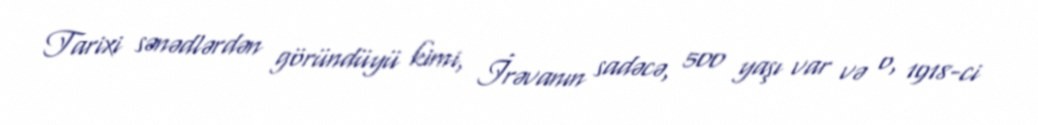
Tarixi sənədlərdən göründüyü kimi, İrəvanın sadəcə, 500 yaşı var və o, 1918-ci